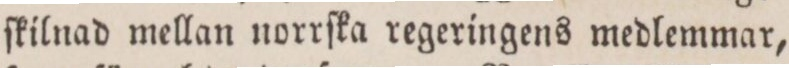
ſkilnad mellan norrſka regeringens medlemmar,